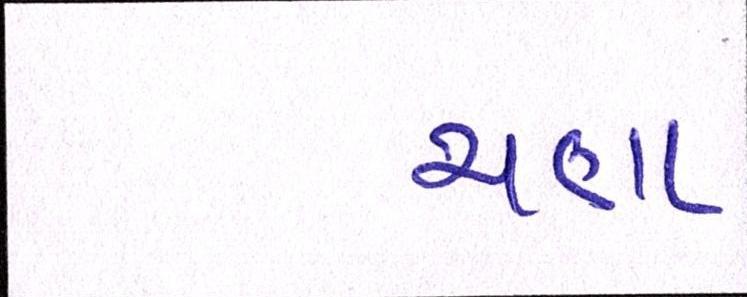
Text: ચણા